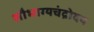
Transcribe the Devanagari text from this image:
सौभाग्यचंद्रोदय